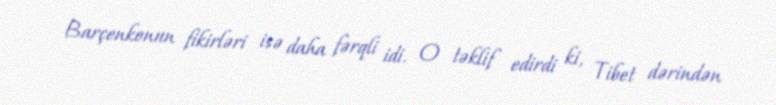
Barçenkonun fikirləri isə daha fərqli idi. O təklif edirdi ki, Tibet dərindən